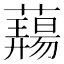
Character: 𬟎